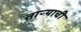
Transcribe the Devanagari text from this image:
ताऱ्‍याची